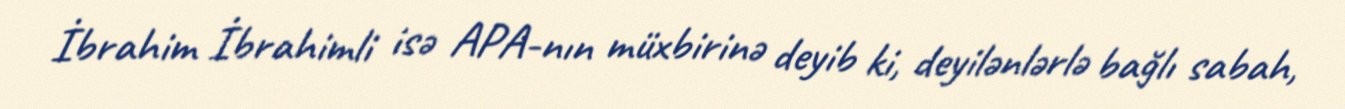
İbrahim İbrahimli isə APA-nın müxbirinə deyib ki, deyilənlərlə bağlı sabah,